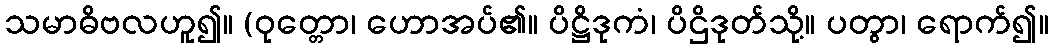
သမာဓိဗလဟူ၍။ (ဝုတ္တော၊ ဟောအပ်၏။ ပိဋ္ဌိဒုကံ၊ ပိဌိဒုတ်သို့။ ပတွာ၊ ရောက်၍။